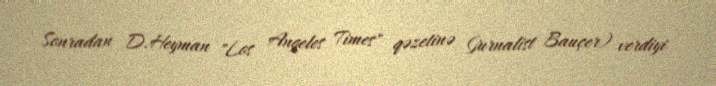
Sonradan D.Heyman "Los Angeles Times" qəzetinə (jurnalist Bauçer) verdiyi